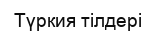
Түркия тілдері